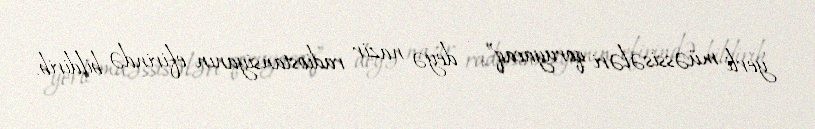
yerli müəssisələri qoruyacaq”, - deyə nazir radiostansiyanın efirində bildirib.